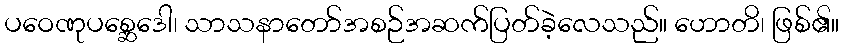
ပဝေဏုပစ္ဆေဒေါ၊ သာသနာတော်အစဉ်အဆက်ပြတ်ခဲ့လေသည်။ ဟောတိ၊ ဖြစ်၏။